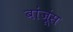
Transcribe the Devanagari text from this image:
बांजूंस